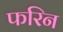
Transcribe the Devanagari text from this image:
फरिन